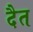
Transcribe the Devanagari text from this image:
दैत